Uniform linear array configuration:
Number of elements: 4
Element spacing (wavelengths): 1
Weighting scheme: hann
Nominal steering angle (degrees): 0
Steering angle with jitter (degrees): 1.659
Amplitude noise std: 0.05
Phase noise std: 0.05

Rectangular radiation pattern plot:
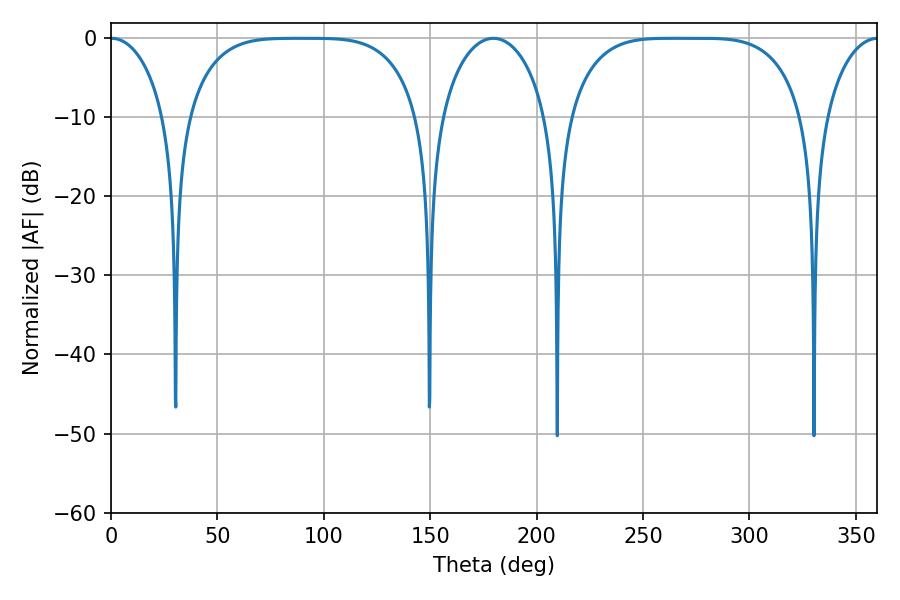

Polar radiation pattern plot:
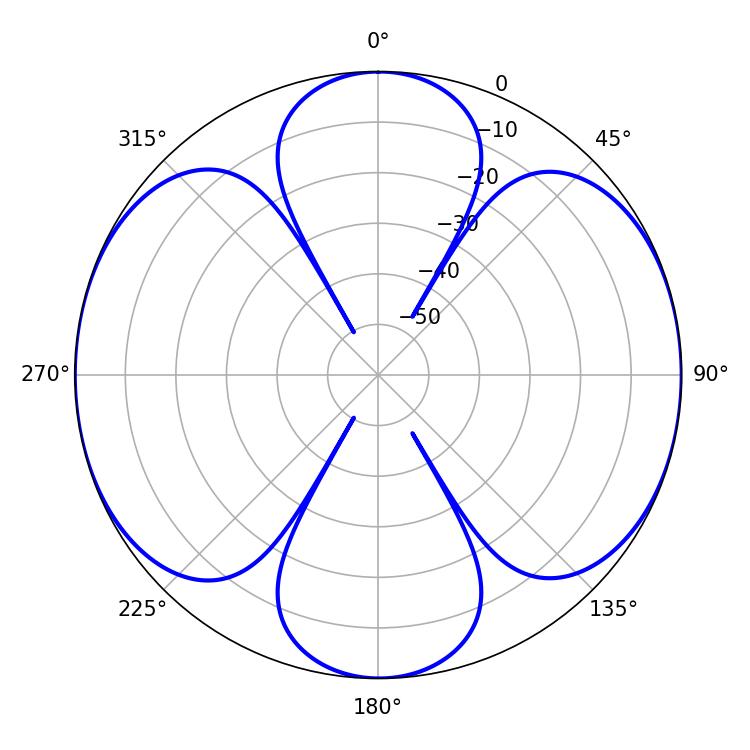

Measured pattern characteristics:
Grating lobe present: TRUE
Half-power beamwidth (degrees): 83.52
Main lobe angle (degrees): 264.24